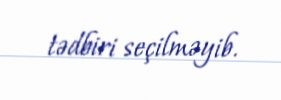
tədbiri seçilməyib.